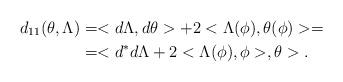
LaTeX: \begin{align*}d_{11}(\theta,\Lambda)&=<d\Lambda,d\theta>+2<\Lambda(\phi),\theta(\phi)>=\\ &=<d^{*}d\Lambda+2<\Lambda(\phi),\phi>,\theta>.\end{align*}